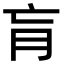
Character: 肓